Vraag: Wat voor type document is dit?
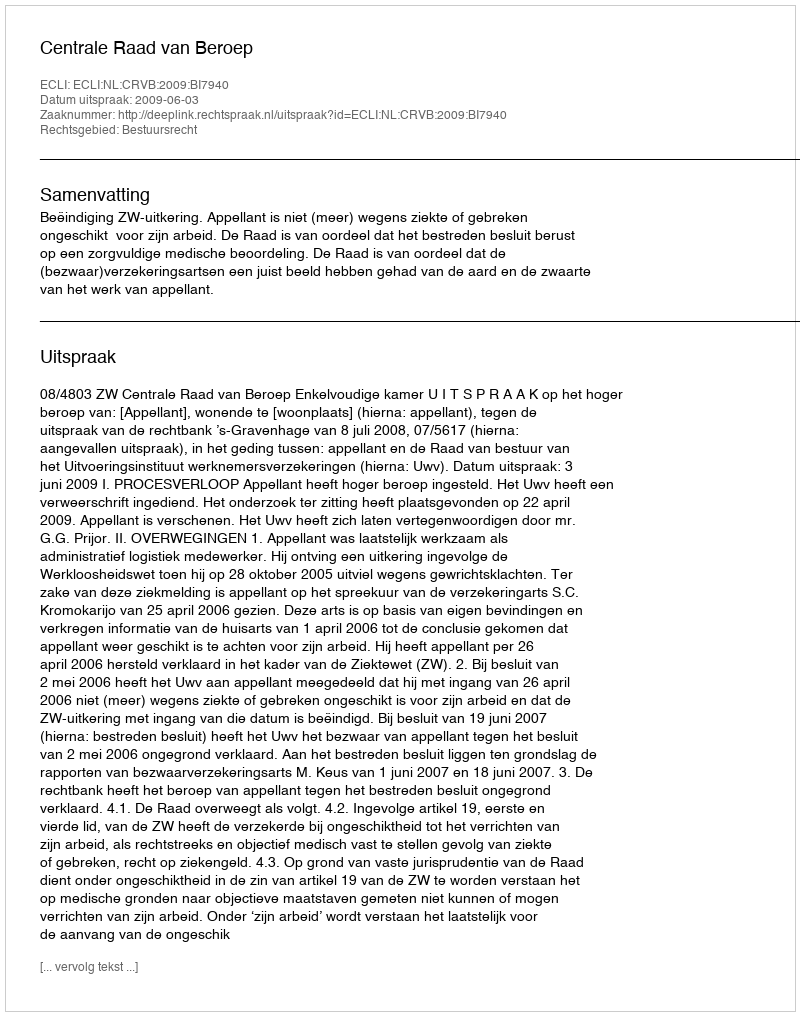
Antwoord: Uitspraak